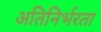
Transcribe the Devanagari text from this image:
अतिनिर्भरता